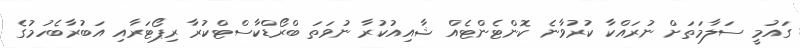
ގައުމީ ސަލާމަތަށް ނުރައްކާ ކުރުވާނެ ކޮންޓެންޓެއް ޝާއިއުކުރާ ނުވަތަ ބްރޯޑްކާސްޓްކުރާ ރިޕޯޓަރާއި އަބުރާބެހުމުގެ